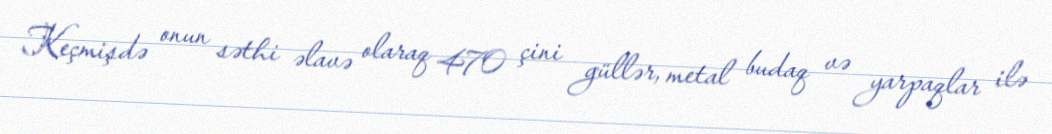
Keçmişdə onun səthi əlavə olaraq 470 çini güllər, metal budaq və yarpaqlar ilə